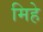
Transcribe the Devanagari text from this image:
मिहे